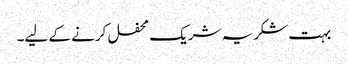
بہت شکریہ شریک محفل کرنے کے لیے۔